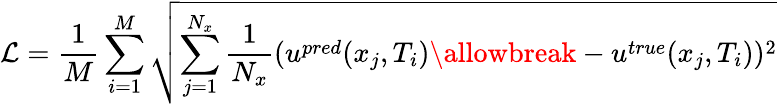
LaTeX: \mathcal{L}=\frac{1}{M}\sum_{i=1}^{M}\sqrt{\sum_{j=1}^{N_{x}}\frac{1}{N_{x}}(u^{pred}(x_{j},T_{i})\allowbreak-u^{true}(x_{j},T_{i}))^{2}}